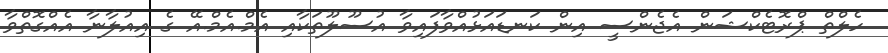
ހެލްތް ޕްރޮޓެކްޝަން އެޖެންސީ އިން ކަނޑައަޅުއްވާފައިވާ އުސޫލޫތަކާއި އެމް.އެމް.އޭ ގެ އިއުލާނާ އެއްގޮތްވާ